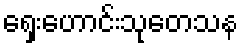
ရှေးဟောင်းသုတေသန